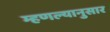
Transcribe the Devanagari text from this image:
म्हणल्यानुसार